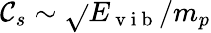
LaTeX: \mathcal{C}_{s}\sim\sqrt{}{{E_{\mathrm{{~v~i~b~}}}/m_{p}}}